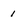
Character: 1